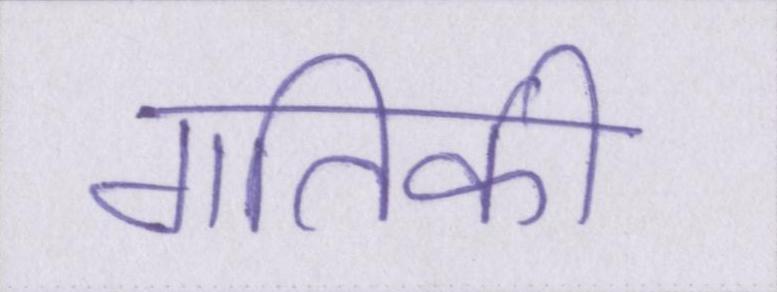
गतिकी